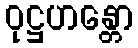
ဝုဋ္ဌဟန္တော